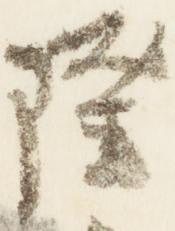
隆